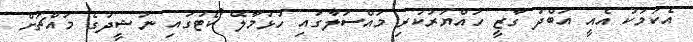
އެކަމަކު އެއީ އަބްދު ގާޒީ ހައްޔަރުކުރި މައްސަލާގައި ހުޅުމާލޭ ކޯޓުގައި ނަޝީދުގެ މައްޗަށް